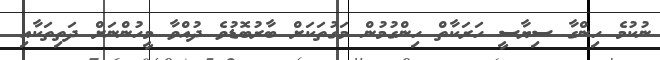
ނުކުމެ ހިންގާ ސިޔާސީ ހަރަކާތް ހިންގުމުން މަގުތަކަށް ބާރުބޮޑުވެ ދުއްވާ މީހުންނަށް ދަތިތަކާއި